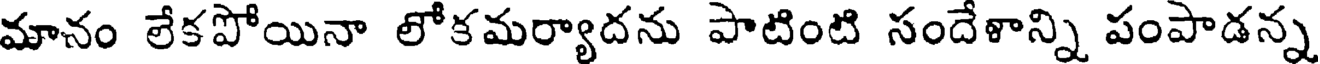
మానం లేకపోయినా లోకమర్యాదను పాటింటి సందేళాన్ని పంపాడన్న